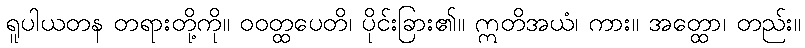
ရူပါယတန တရားတို့ကို။ ဝဝတ္ထပေတိ၊ ပိုင်းခြား၏။ ဣတိအယံ၊ ကား။ အတ္ထော၊ တည်း။